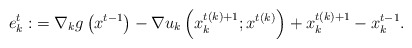
\begin{align*}e^t_k:&=\nabla_kg\left(x^{t-1}\right)-\nabla u_k\left(x^{t(k)+1}_k; x^{t(k)}\right)+x^{t(k)+1}_k-x_k^{t-1}.\end{align*}